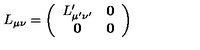
L _ { \mu \nu } = \left( \begin{array} { c c } { L _ { \mu ^ { \prime } \nu ^ { \prime } } ^ { \prime } } & { \mathbf { 0 } } \\ { \mathbf { 0 } } & { \mathbf { 0 } } \\ \end{array} \right)